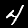
Digit: 4